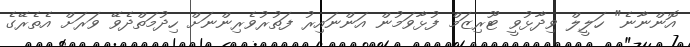
އޮންނާނެ" ހަލީލް ވިދާޅުވީ ޓޫރިޒަމް ފުޅާވަމުން އަންނައިރު ފަތުރުވެރިންނަށް ހިދުމަތްދެވޭ ވަރަށް އެތެރޭގެ